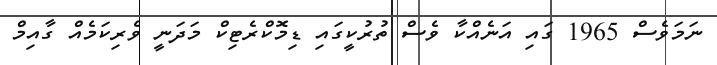
ނަމަވެސް 1965 ގައި އަނެއްކާ ވެސް ތުރުކީގައި ޑިމޮކްރެޓިކް މަދަނީ ވެރިކަމެއް ގާއިމް